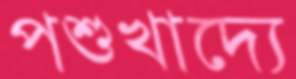
পশুখাদ্যে